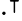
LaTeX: \cdot^{\intercal}